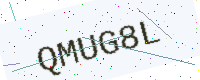
Text: QMUG8L